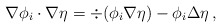
\begin{align*} \nabla \phi_i \cdot \nabla \eta = \div (\phi_i \nabla \eta) - \phi_i \Delta \eta \, ,\end{align*}